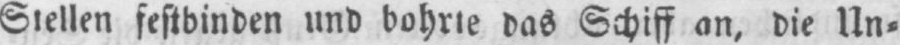
Stellen festbinden und bohrte das Schiff an, die Un⸗